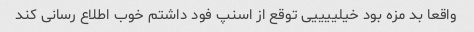
واقعا بد مزه بود خیلییییی توقع از اسنپ فود داشتم خوب اطلاع رسانی کند